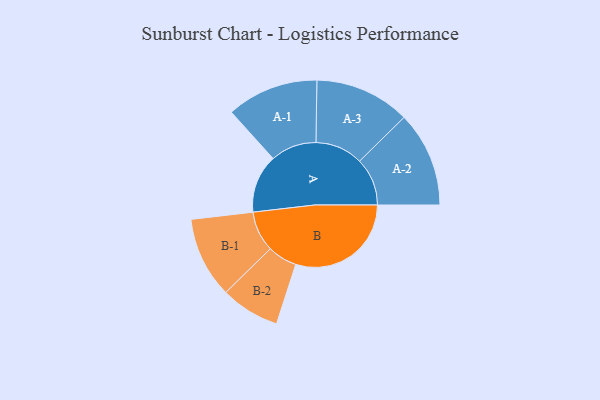
{"axis": {"x": "Segment", "y": "Value"}, "legend": ["", "A", "B"], "data": [{"x": "A", "y": 235, "type": ""}, {"x": "B", "y": 465, "type": ""}, {"x": "A-1", "y": 185, "type": "A"}, {"x": "A-2", "y": 192, "type": "A"}, {"x": "A-3", "y": 192, "type": "A"}, {"x": "B-1", "y": 163, "type": "B"}, {"x": "B-2", "y": 119, "type": "B"}]}